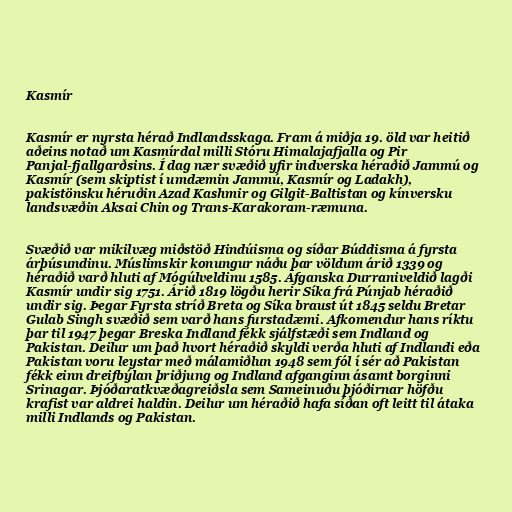
Kasmír

Kasmír er nyrsta hérað Indlandsskaga. Fram á miðja 19. öld var heitið
aðeins notað um Kasmírdal milli Stóru Himalajafjalla og Pir
Panjal-fjallgarðsins. Í dag nær svæðið yfir indverska héraðið Jammú og
Kasmír (sem skiptist í umdæmin Jammú, Kasmír og Ladakh),
pakistönsku héruðin Azad Kashmir og Gilgit-Baltistan og kínversku
landsvæðin Aksai Chin og Trans-Karakoram-ræmuna.

Svæðið var mikilvæg miðstöð Hindúisma og síðar Búddisma á fyrsta
árþúsundinu. Múslimskir konungur náðu þar völdum árið 1339 og
héraðið varð hluti af Mógúlveldinu 1585. Afganska Durraniveldið lagði
Kasmír undir sig 1751. Árið 1819 lögðu herir Síka frá Púnjab héraðið
undir sig. Þegar Fyrsta stríð Breta og Síka braust út 1845 seldu Bretar
Gulab Singh svæðið sem varð hans furstadæmi. Afkomendur hans ríktu
þar til 1947 þegar Breska Indland fékk sjálfstæði sem Indland og
Pakistan. Deilur um það hvort héraðið skyldi verða hluti af Indlandi eða
Pakistan voru leystar með málamiðlun 1948 sem fól í sér að Pakistan
fékk einn dreifbýlan þriðjung og Indland afganginn ásamt borginni
Srinagar. Þjóðaratkvæðagreiðsla sem Sameinuðu þjóðirnar höfðu
krafist var aldrei haldin. Deilur um héraðið hafa síðan oft leitt til átaka
milli Indlands og Pakistan.